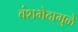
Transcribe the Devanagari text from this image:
वंशभेदामुळे